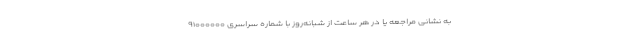
به نشانی مراجعه یا در هر ساعت از شبانه‌روز با شماره سراسری ۹۱۰۰۰۰۰۰